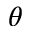
\theta